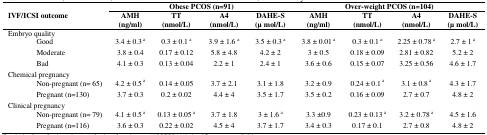
<table><thead><tr><td colspan="2"></td><td colspan="4"><b>Obese PCOS (n=91)</b></td><td colspan="4"><b>Over-weight PCOS (n=104)</b></td></tr><tr><td colspan="2"><b>IVF/ICSI outcome </b></td><td><b>AMH(ng/ml)</b></td><td><b>TT(nmol/L)</b></td><td><b>A4(nmol/L)</b></td><td><b>DAHE-S(μ mol/L)</b></td><td><b>AMH(ng/ml)</b></td><td><b>TT(nmol/L)</b></td><td><b>A4(nmol/L)</b></td><td><b>DAHE-S(μ mol/L)</b></td></tr></thead><tbody><tr><td colspan="2">Embryo quality </td><td></td><td></td><td></td><td></td><td></td><td></td><td></td><td></td></tr><tr><td></td><td>Good</td><td>3.4 ± 0.3 a</td><td>0.3 ± 0.1 a</td><td>3.9 ± 1.6 a</td><td>3.5 ± 0.3 a</td><td>3.8 ± 0.01 a</td><td>0.3 ± 0.1 a</td><td>2.25 ± 0.78 a</td><td>2.7 ± 1 a</td></tr><tr><td></td><td>Moderate </td><td>3.8 ± 0.4</td><td>0.17 ± 0.12</td><td>5.8 ± 4.8</td><td>4.2 ± 2</td><td>3 ± 0.5</td><td>0.18 ± 0.09</td><td>2.81 ± 0.82</td><td>5.2 ± 2</td></tr><tr><td></td><td>Bad </td><td>4.1 ± 0.3</td><td>0.13 ± 0.04</td><td>2.2 ± 1</td><td>2.4 ± 1</td><td>3.6 ± 0.6 </td><td>0.15 ± 0.07</td><td>3.25 ± 0.56</td><td>4.6 ± 1.7</td></tr><tr><td colspan="2">Chemical pregnancy </td><td></td><td></td><td></td><td></td><td></td><td></td><td></td><td></td></tr><tr><td></td><td>Non-pregnant (n= 65)</td><td>4.2 ± 0.5 a</td><td>0.14 ± 0.05</td><td>3.7 ± 2.1</td><td>3.1 ± 1.8</td><td>3.2 ± 0.9</td><td>0.24 ± 0.1 a</td><td>3.1 ± 0.8 a</td><td>4.3 ± 1.7</td></tr><tr><td></td><td>Pregnant (n=130)</td><td>3.7 ± 0.3</td><td>0.2 ± 0.02</td><td>4.4 ± 4</td><td>3.5 ± 1.7</td><td>3.5 ± 0.2</td><td>0.16 ± 0.09</td><td>2.7 ± 0.7</td><td>4.8 ± 2</td></tr><tr><td colspan="2">Clinical pregnancy </td><td></td><td></td><td></td><td></td><td></td><td></td><td></td><td></td></tr><tr><td></td><td>Non-pregnant (n= 79)</td><td>4.1 ± 0.5 a</td><td>0.13 ± 0.05 a</td><td>3.7 ± 1.8</td><td>3 ± 1.6 a</td><td>3.3 ±0.9</td><td>0.23 ± 0.13 a</td><td>3.2 ± 0.78 a</td><td>4.5 ± 1.6</td></tr><tr><td></td><td>Pregnant (n=116)</td><td>3.6 ± 0.3</td><td>0.22 ± 0.02</td><td>4.5 ± 4</td><td>3.7 ± 1.7</td><td>3.4 ± 0.3</td><td>0.17 ± 0.1</td><td>2.7 ± 0.8</td><td>4.8 ± 2</td></tr></tbody></table>